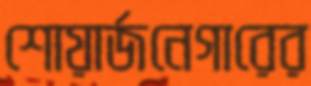
শোয়ার্জনেগারের